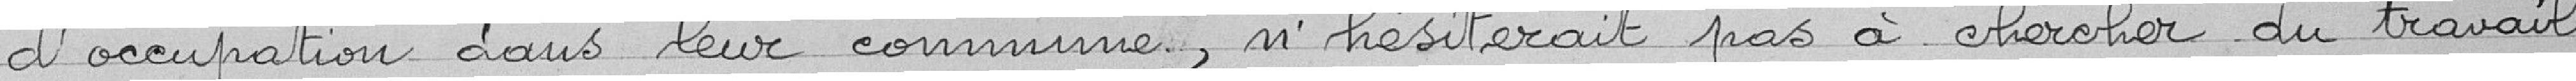
d'occupation dans leur commune, n'hésiteraient pas à chercher du travail